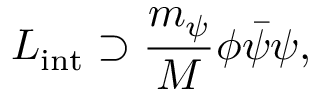
{ \cal L _ { \mathrm { i n t } } } \supset \frac { m _ { \psi } } { M } \phi \bar { \psi } \psi ,